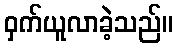
ဝှက်ယူလာခဲ့သည်။